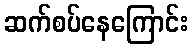
ဆက်စပ်နေကြောင်း